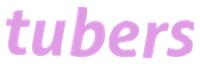
tubers